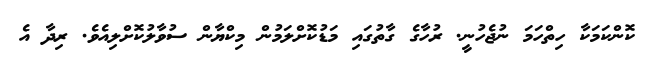
ކޮންކަމަކާ ހިތްހަމަ ނުޖެހުނީ. ރުހާގެ ގާތުގައި މަޑުކޮށްލަމުން މިކްޔާން ސުވާލުކޮށްލިއެވެ. ރިދާ އެ